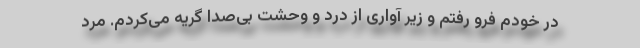
در خودم فرو رفتم و زیر آواری از درد و وحشت بی‌صدا گریه می‌کردم. مرد